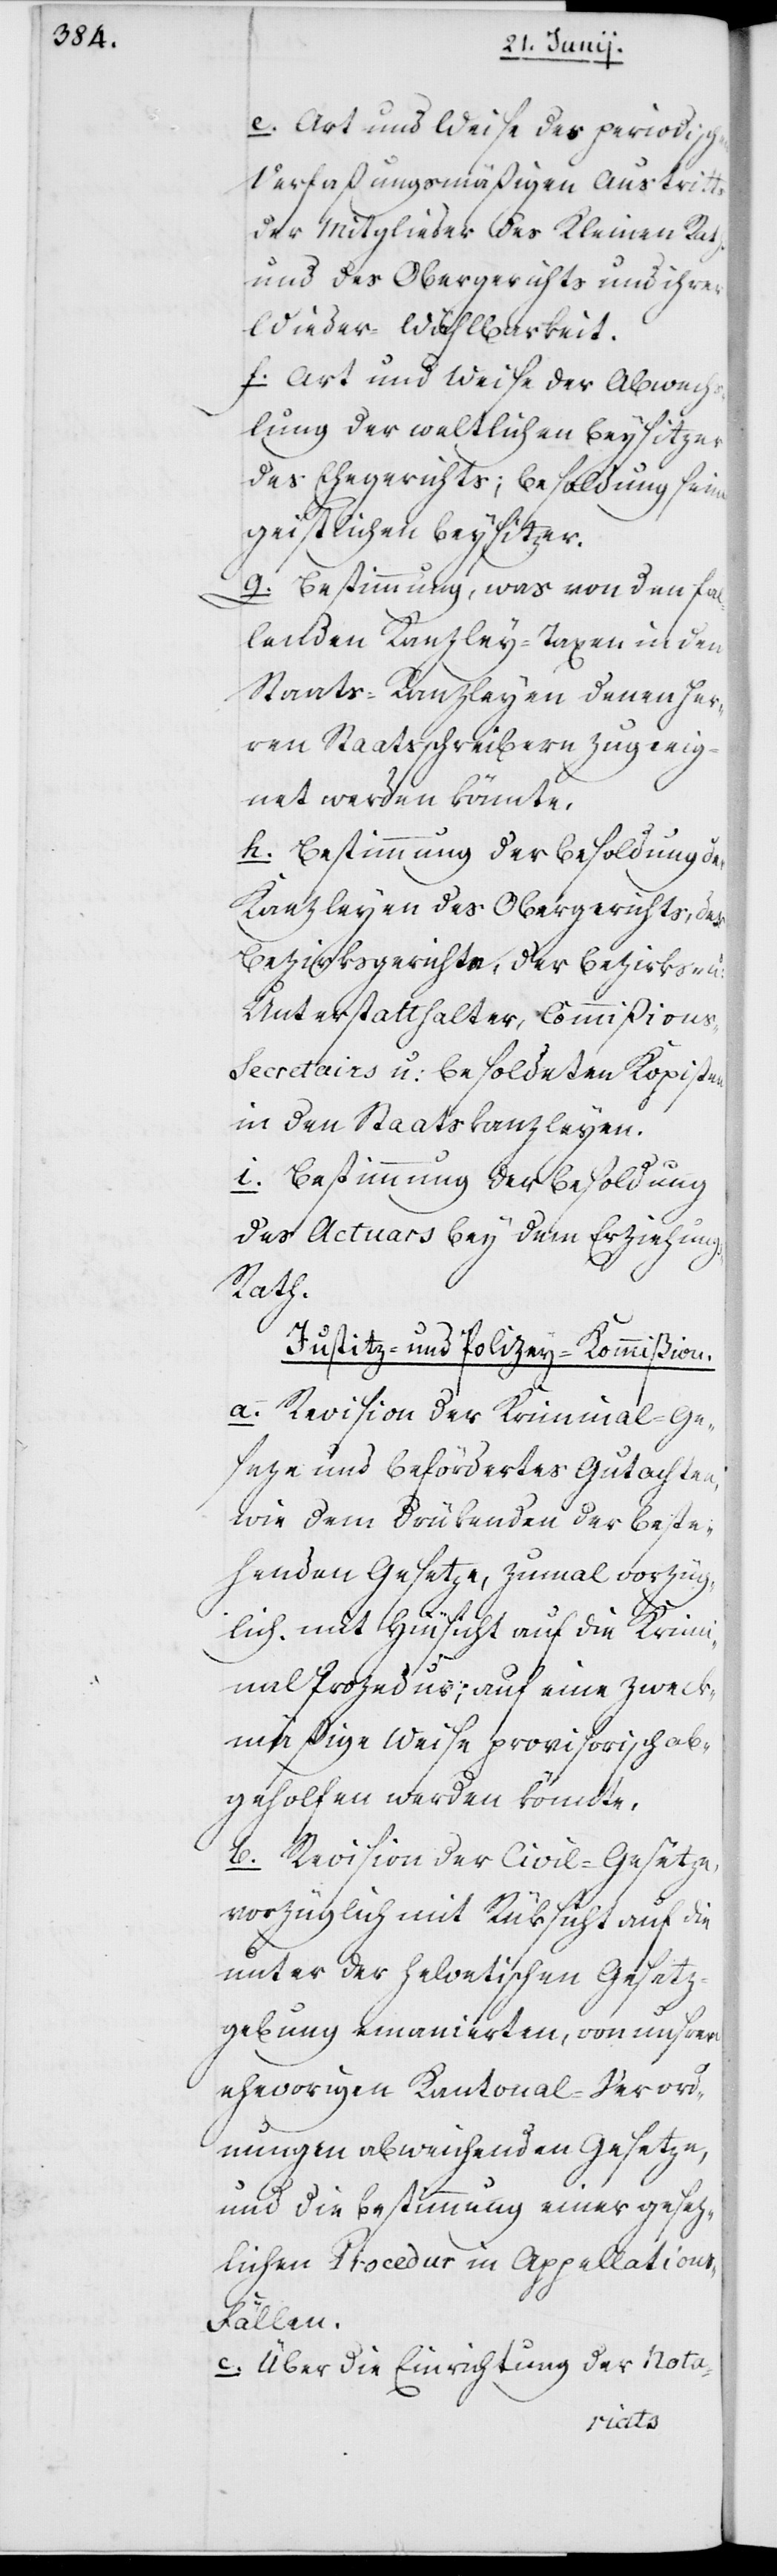
e. Art und Weise des periodischen
verfaßungsmäßigen Austritts
der Mitglieder des Kleinen Raths
und des Obergerichts und ihrer
Wiederwählbarkeit.
f. Art und Weise der Abwechs¬
lung der weltlichen Beysitzer
des Ehegerichts; Besoldung seiner
geistlichen Beysitzer.
g. Bestimmung, was von den fal¬
lenden Kanzleytaxen in den
Staatskanzleyen denen Her¬
ren Staatsschreibern zugeeig¬
net werden könnte.
h. Bestimmung der Besoldung der
Kanzleyen des Obergerichts, der
Bezirksgerichte, der Bezirks- u:
Unterstatthalter, Commißion¬
s-Secretairs u: besoldeten Kopisten
in den Staatskanzleyen.
i. Bestimmung der Besoldung
des Actuars bey dem Erziehung¬
s-Rath.
Justiz- und Polizey-Kommißion.
a. Revision der Kriminal-Ge¬
seze und befördertes Gutachten,
wie dem drükenden der beste¬
henden Gesetze, zumal vorzüg¬
lich mit Hinsicht auf die Krimi¬
nal Prozedur, auf eine zweck¬
mäßige Weise provisorisch ab¬
geholfen werden könnte.
b. Revision der Civil-Gesetze,
vorzüglich mit Rüksicht auf die
unter der Helvetischen Gesetz¬
gebung emanierten, von unsrern
ehevorigen Kantonal-Verord¬
nungen abweichenden Gesetze,
und die Bestimmung einer gesez¬
lichen Procedur in Appellation¬
s-Fällen.
c. Über die Einrichtung der Nota-